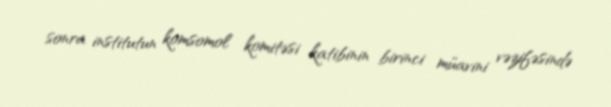
sonra institutun komsomol komitəsi katibinin birinci müavini vəzifəsində